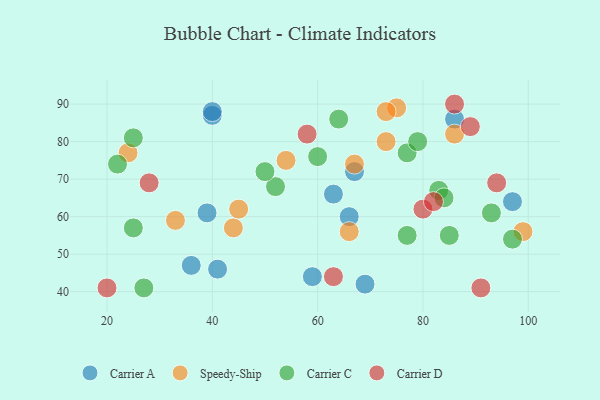
{"axis": {"x": "GDP", "y": "Life Expectancy"}, "legend": ["Carrier A", "Carrier C", "Carrier D", "Speedy-Ship"], "data": [{"x": "40", "y": 87, "type": "Carrier A"}, {"x": "63", "y": 66, "type": "Carrier A"}, {"x": "41", "y": 46, "type": "Carrier A"}, {"x": "86", "y": 86, "type": "Carrier A"}, {"x": "40", "y": 88, "type": "Carrier A"}, {"x": "36", "y": 47, "type": "Carrier A"}, {"x": "97", "y": 64, "type": "Carrier A"}, {"x": "66", "y": 60, "type": "Carrier A"}, {"x": "69", "y": 42, "type": "Carrier A"}, {"x": "67", "y": 72, "type": "Carrier A"}, {"x": "39", "y": 61, "type": "Carrier A"}, {"x": "59", "y": 44, "type": "Carrier A"}, {"x": "99", "y": 56, "type": "Speedy-Ship"}, {"x": "86", "y": 82, "type": "Speedy-Ship"}, {"x": "75", "y": 89, "type": "Speedy-Ship"}, {"x": "66", "y": 56, "type": "Speedy-Ship"}, {"x": "24", "y": 77, "type": "Speedy-Ship"}, {"x": "67", "y": 74, "type": "Speedy-Ship"}, {"x": "73", "y": 88, "type": "Speedy-Ship"}, {"x": "54", "y": 75, "type": "Speedy-Ship"}, {"x": "44", "y": 57, "type": "Speedy-Ship"}, {"x": "33", "y": 59, "type": "Speedy-Ship"}, {"x": "73", "y": 80, "type": "Speedy-Ship"}, {"x": "45", "y": 62, "type": "Speedy-Ship"}, {"x": "85", "y": 55, "type": "Carrier C"}, {"x": "77", "y": 55, "type": "Carrier C"}, {"x": "22", "y": 74, "type": "Carrier C"}, {"x": "77", "y": 77, "type": "Carrier C"}, {"x": "79", "y": 80, "type": "Carrier C"}, {"x": "93", "y": 61, "type": "Carrier C"}, {"x": "27", "y": 41, "type": "Carrier C"}, {"x": "52", "y": 68, "type": "Carrier C"}, {"x": "50", "y": 72, "type": "Carrier C"}, {"x": "25", "y": 81, "type": "Carrier C"}, {"x": "83", "y": 67, "type": "Carrier C"}, {"x": "84", "y": 65, "type": "Carrier C"}, {"x": "25", "y": 57, "type": "Carrier C"}, {"x": "60", "y": 76, "type": "Carrier C"}, {"x": "64", "y": 86, "type": "Carrier C"}, {"x": "97", "y": 54, "type": "Carrier C"}, {"x": "80", "y": 62, "type": "Carrier D"}, {"x": "63", "y": 44, "type": "Carrier D"}, {"x": "86", "y": 90, "type": "Carrier D"}, {"x": "58", "y": 82, "type": "Carrier D"}, {"x": "94", "y": 69, "type": "Carrier D"}, {"x": "82", "y": 64, "type": "Carrier D"}, {"x": "91", "y": 41, "type": "Carrier D"}, {"x": "89", "y": 84, "type": "Carrier D"}, {"x": "28", "y": 69, "type": "Carrier D"}, {"x": "20", "y": 41, "type": "Carrier D"}]}